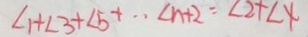
1 + \angle 3 + \angle 5 + \cdots \angle n + 2 = \angle 2 + \angle 4